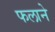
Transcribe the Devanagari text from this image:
फलाने